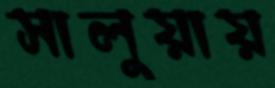
সালুয়ায়